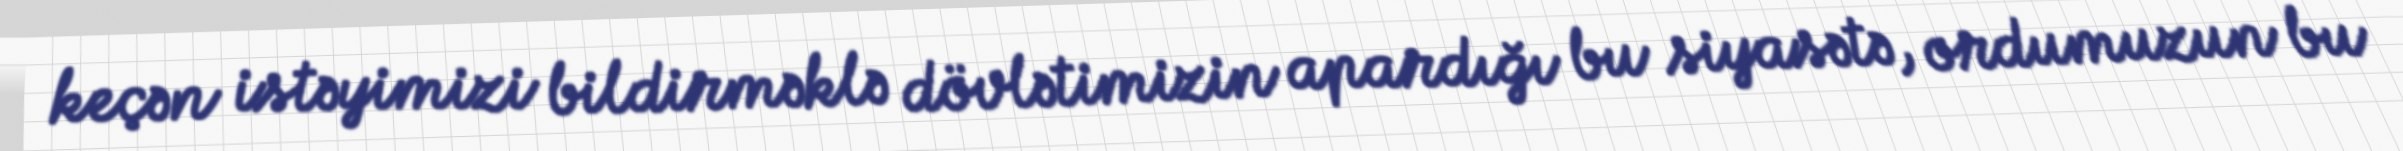
keçən istəyimizi bildirməklə dövlətimizin apardığı bu siyasətə, ordumuzun bu